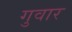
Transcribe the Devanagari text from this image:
गुवार